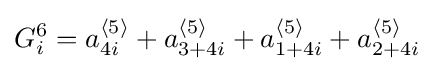
G_{i}^{6}=a_{4i}^{{\mathcal {h}}5{\mathcal {i}}}+a_{3+4i}^{{\mathcal {h}}5{\mathcal {i}}}+a_{1+4i}^{{\mathcal {h}}5{\mathcal {i}}}+a_{2+4i}^{{\mathcal {h}}5{\mathcal {i}}}